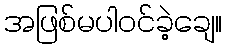
အဖြစ်မပါဝင်ခဲ့ချေ။